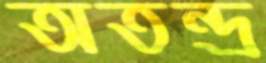
অতন্দ্র